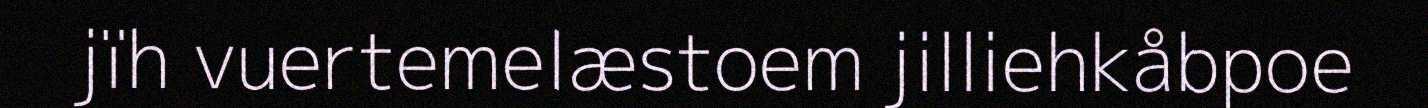
jïh vuertemelæstoem jilliehkåbpoe